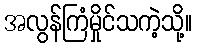
အလွန်ကြံမှိုင်သကဲ့သို့။